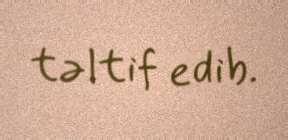
təltif edib.